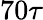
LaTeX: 70\tau